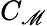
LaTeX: C_{\mathscr{M}}